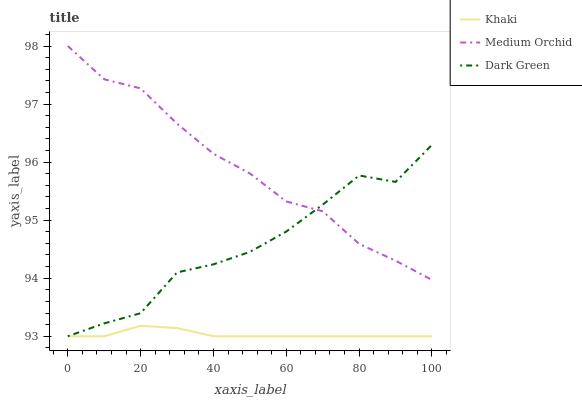
| xaxis_label | Khaki | Medium Orchid | Dark Green |
 | --- | --- | --- | --- |
 | 0 | 93 | 98 | 93 |
 | 10 | 93 | 97.4 | 93.2 |
 | 20 | 93.2 | 97.3 | 93.4 |
 | 30 | 93.1 | 96.7 | 94.1 |
 | 40 | 93 | 96.1 | 94.2 |
 | 50 | 93 | 95.8 | 94.5 |
 | 60 | 93 | 95.3 | 94.8 |
 | 70 | 93 | 95.2 | 95.3 |
 | 80 | 93 | 94.6 | 95.8 |
 | 90 | 93 | 94.3 | 95.7 |
 | 100 | 93 | 94 | 96.3 |